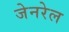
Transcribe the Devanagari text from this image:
जेनरेल